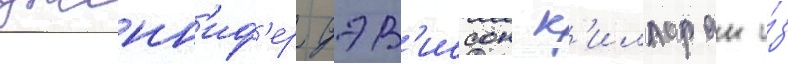
дженн'иф'ер дэв'иссон к'иллоран и́з